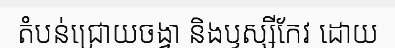
តំបន់ជ្រោយចង្វា និងឫស្សីកែវ ដោយ